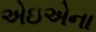
એઇએના